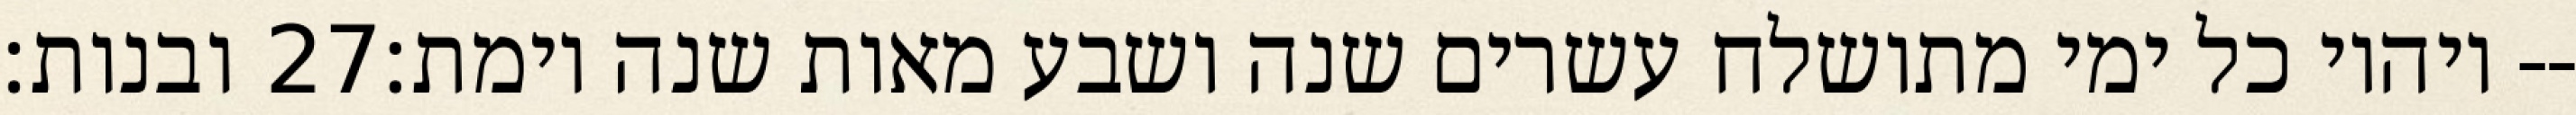
ובנות׃ ‎27‏ ויהיו כל ימי מתושלח עשרים שנה ושבע מאות שנה וימת׃--